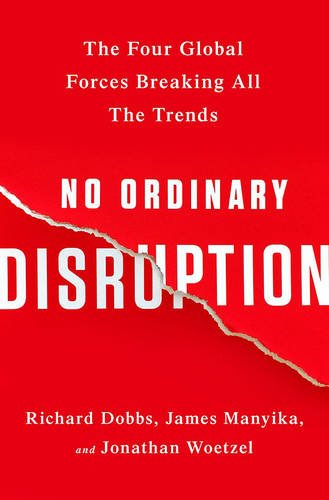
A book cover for No Ordinary Disruption: The Four Global Forces Breaking All the Trends; Richard Dobbs; Business & Money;